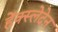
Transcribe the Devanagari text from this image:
हेंक्स्लेदेन